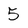
Character: 5